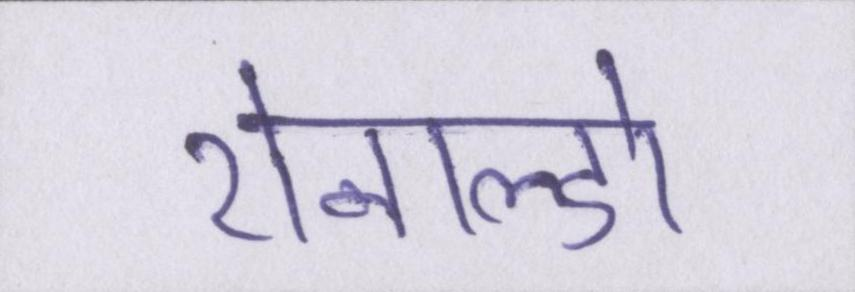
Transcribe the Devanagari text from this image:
रोनाल्डो